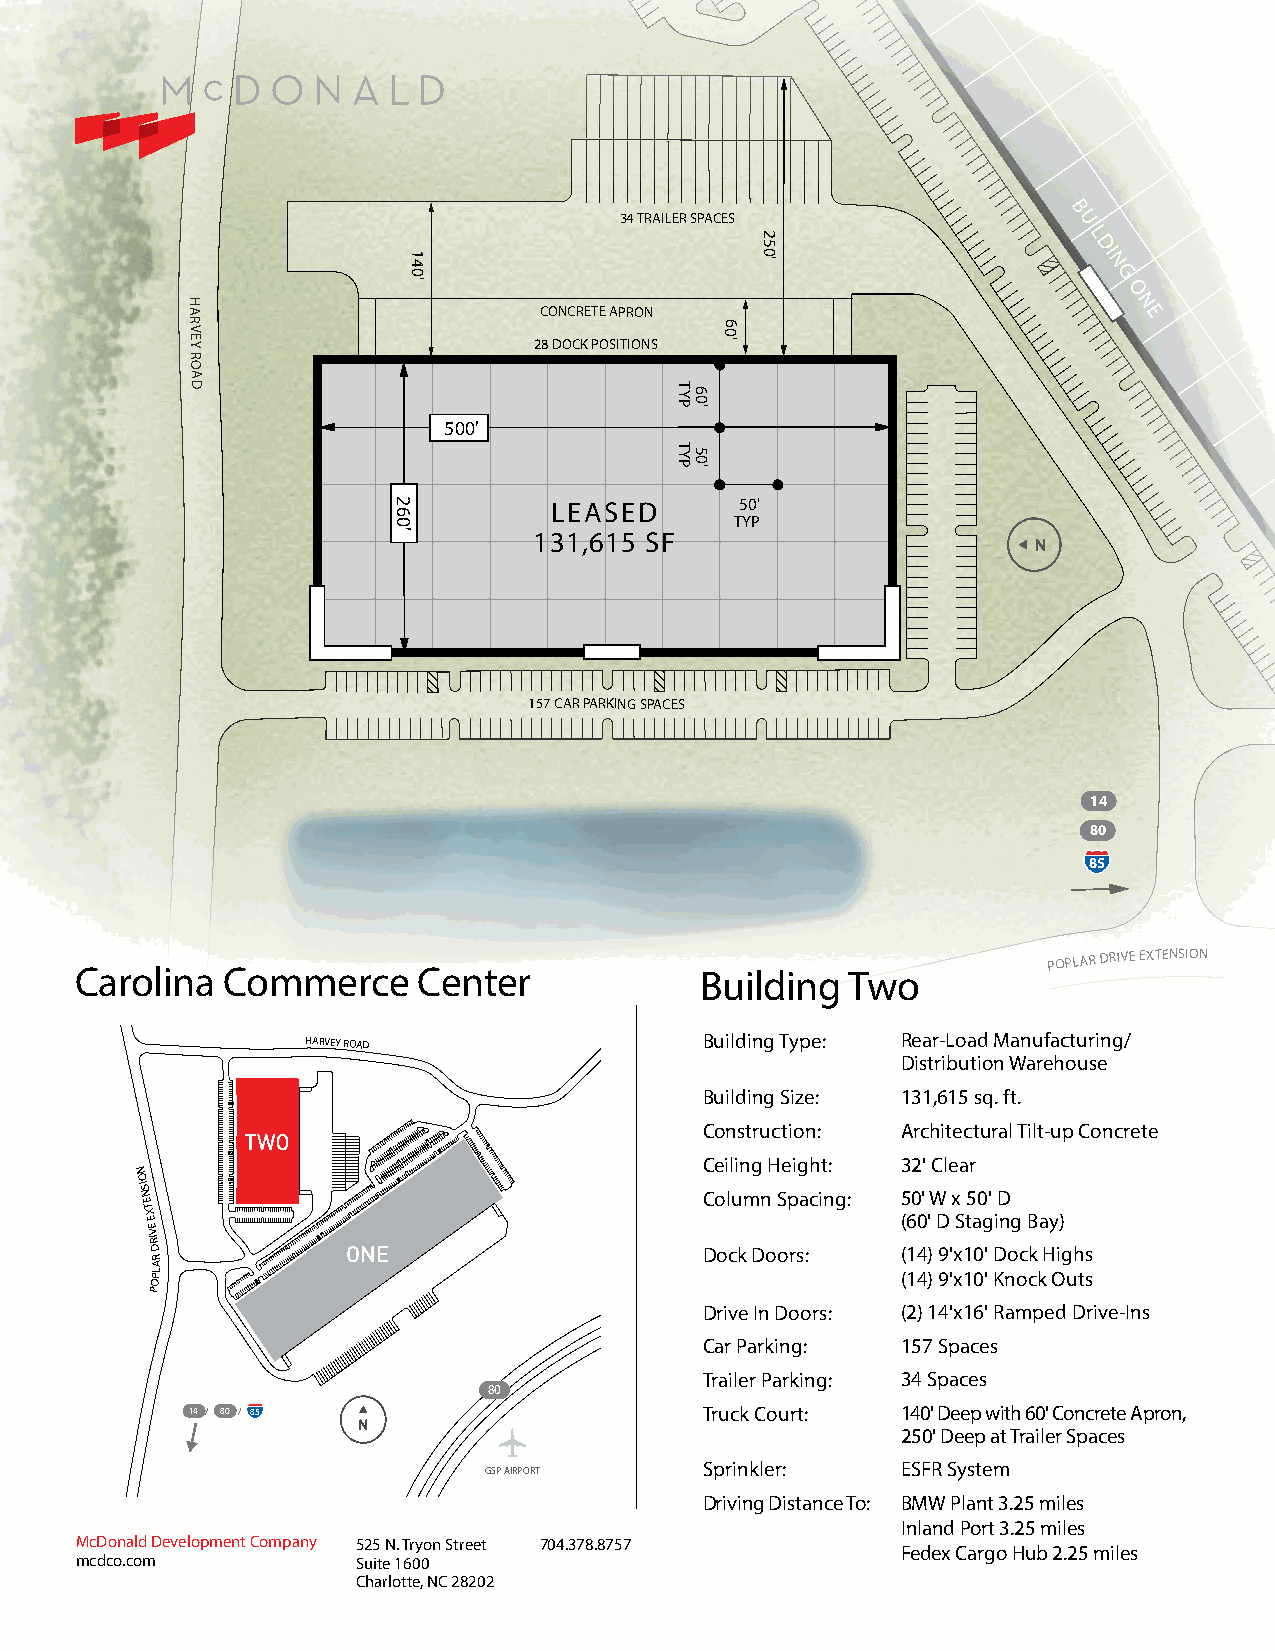
B
 34 TRAILER SPACES             UI
 2                     L
 1
 05                    DI
 4                      '                      N
 '0                                             G
 O
 H A                     CONCRETE APRON                         N E
 R V
 E Y                    28 DOCK POSITIONS
 '06
 R
 O
 A
 D                                PYT '06
 500'
 PYT '05
 2          LEASED      50'
 6
 0                      TYP
 '        131,615 SF
 157 CAR PARKING SPACES
 14
 80
 85
 Carolina  Commerce     Center            Building  Two
 POPLAR DRIVE EXTENSION
 HARVEY ROAD                Building Type: Rear-Load Manufacturing/
 Distribution Warehouse
 Building Size: 131,615 sq. ft.
 Construction: Architectural Tilt-up Concrete
 Ceiling Height: 32' Clear
 N
 O
 ISN
 Column Spacing: 50' W x 50' D
 ETX
 E
 EV
 (60' D Staging Bay)
 IRD
 RA
 Dock Doors:  (14) 9'x10' Dock Highs
 OPL                                               (14) 9'x10' Knock Outs
 P
 Drive In Doors: (2) 14'x16' Ramped Drive-Ins
 Car Parking: 157 Spaces
 Trailer Parking: 34 Spaces
 80
 1 4 / 8 0 / 85                     Truck Court: 140' Deep with 60' Concrete Apron,
 250' Deep at Trailer Spaces
 GSP AIRPORT    Sprinkler:   ESFR System
 Driving Distance To: BMW Plant 3.25 miles
 Inland Port 3.25 miles
 McDonald Development Company 525 N. Tryon Street 704.378.8757
 Fedex Cargo Hub 2.25 miles
 mcdco.com          Suite 1600
 Charlotte, NC 28202